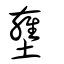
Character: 壅